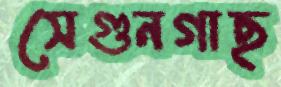
সেগুনগাছ